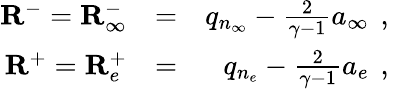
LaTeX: \begin{array}{rlr}{{\mathbf{R}^{-}={\mathbf{R}}_{\infty}^{-}}}&{{}{=}}&{{q_{n_{\infty}}-\frac{2}{\gamma-1}a_{\infty}\, \mathrm{~,~}}}\\ {{\mathbf{R}^{+}={\mathbf{R}}_{e}^{+}}}&{{}{=}}&{{q_{n_{e}}-\frac{2}{\gamma-1}a_{e}\, \mathrm{~,~}}}\end{array}